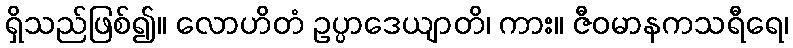
ရှိသည်ဖြစ်၍။ လောဟိတံ ဥပ္ပာဒေယျာတိ၊ ကား။ ဇီဝမာနကသရီရေ၊